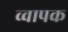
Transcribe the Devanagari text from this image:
व्वापक